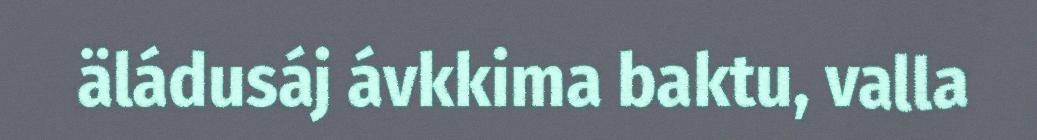
äládusáj ávkkima baktu, valla